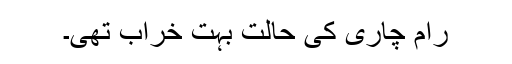
رام چاری کی حالت بہت خراب تھی۔